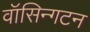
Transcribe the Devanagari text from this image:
वॉसिन्गटन